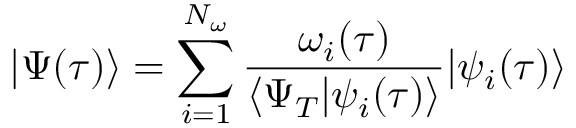
| \Psi ( \tau ) \rangle = \sum _ { i = 1 } ^ { N _ { \omega } } \frac { \omega _ { i } ( \tau ) } { \langle \Psi _ { T } | \psi _ { i } ( \tau ) \rangle } | \psi _ { i } ( \tau ) \rangle